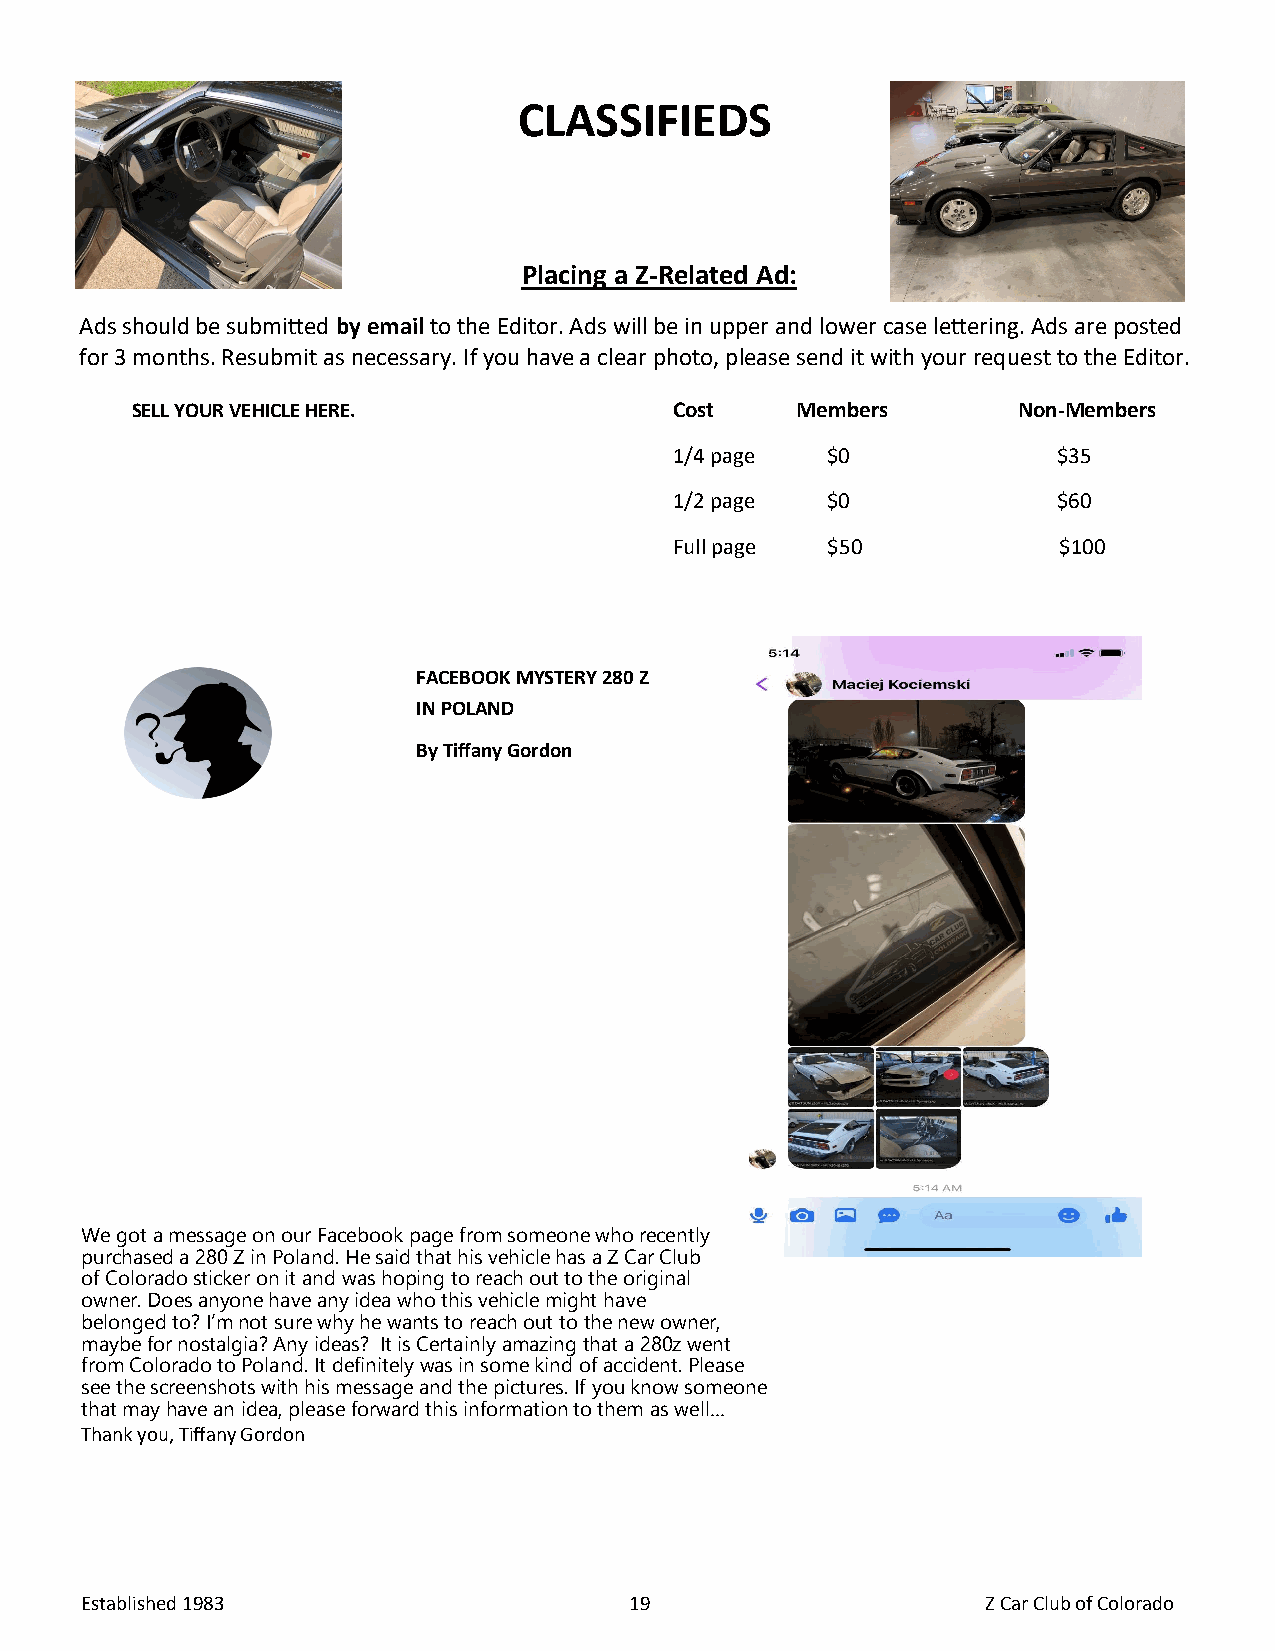
CLASSIFIEDS
 Placing a Z-Related Ad:
 Ads should be submitted by email to the Editor. Ads will be in upper and lower case lettering. Ads are posted
 for 3 months. Resubmit as necessary. If you have a clear photo, please send it with your request to the Editor.
 SELL YOUR VEHICLE HERE.             Cost    Members       Non-Members
 1/4 page  $0             $35
 1/2 page  $0             $60
 Full page $50            $100
 FACEBOOK MYSTERY 280 Z
 IN POLAND
 By Tiffany Gordon
 We got a message on our Facebook page from someone who recently
 purchased a 280 Z in Poland. He said that his vehicle has a Z Car Club
 of Colorado sticker on it and was hoping to reach out to the original
 owner. Does anyone have any idea who this vehicle might have
 belonged to? I’m not sure why he wants to reach out to the new owner,
 maybe for nostalgia? Any ideas? It is Certainly amazing that a 280z went
 from Colorado to Poland. It definitely was in some kind of accident. Please
 see the screenshots with his message and the pictures. If you know someone
 that may have an idea, please forward this information to them as well…
 Thank you, Tiffany Gordon
 Established 1983                     19                     Z Car Club of Colorado